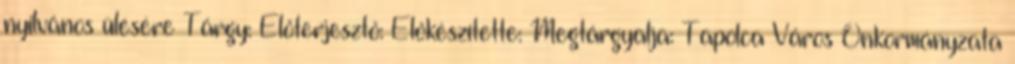
nyilvános ülésére Tárgy: Előterjesztő: Előkészítette: Megtárgyalja: Tapolca Város Önkormányzata